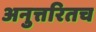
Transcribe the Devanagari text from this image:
अनुत्तरितच